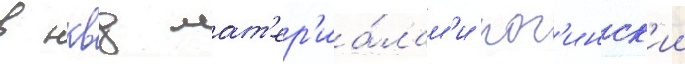
в нквд мат'ер'иа́лам'и рог'инск'ии